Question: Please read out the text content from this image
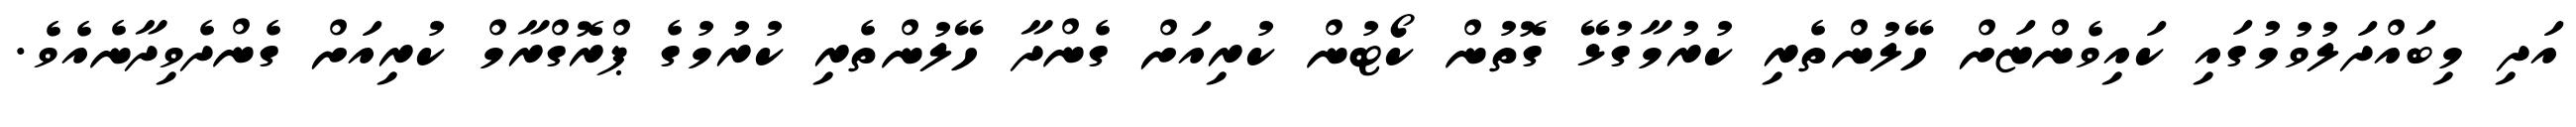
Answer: އަދި މިބައްދަލުވުމުގައި ކައިވެންޏަށް ހޭލުންތެރި ކުރުމާގުޅޭ ގޮތުން ކޯޓުން ކުރިއަށް ގެންދާ ހޭލުންތެރި ކުރުމުގެ ޕްރޮގްރާމް ކުރިއަށް ގެންދެވިދާނެއެވެ.